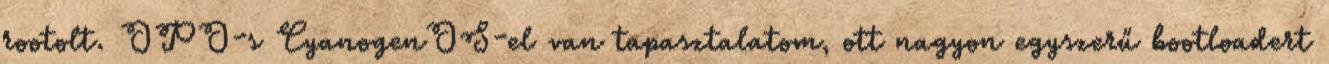
rootolt. OPO-s CyanogenOS-el van tapasztalatom, ott nagyon egyszerű bootloadert